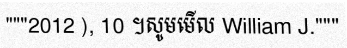
"""2012 ), 10 ។សូមមើល William J."""